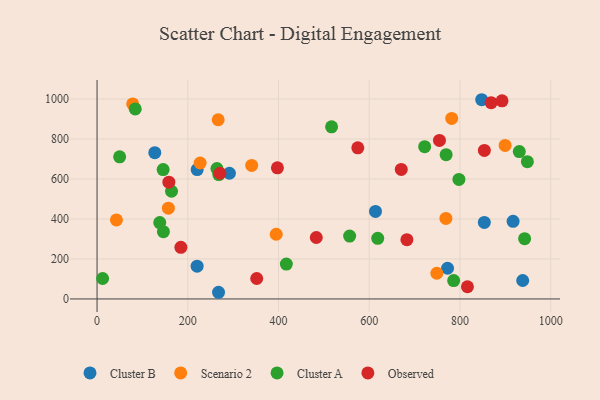
{"axis": {"x": "Experience", "y": "Demand"}, "legend": ["Cluster A", "Cluster B", "Observed", "Scenario 2"], "data": [{"x": "220.7", "y": 646.8, "type": "Cluster B"}, {"x": "938.3", "y": 92.4, "type": "Cluster B"}, {"x": "917.1", "y": 388.0, "type": "Cluster B"}, {"x": "613.8", "y": 437.7, "type": "Cluster B"}, {"x": "267.8", "y": 33.4, "type": "Cluster B"}, {"x": "220.6", "y": 163.7, "type": "Cluster B"}, {"x": "772.6", "y": 153.6, "type": "Cluster B"}, {"x": "291.8", "y": 628.5, "type": "Cluster B"}, {"x": "127.3", "y": 731.6, "type": "Cluster B"}, {"x": "853.7", "y": 382.7, "type": "Cluster B"}, {"x": "847.9", "y": 996.3, "type": "Cluster B"}, {"x": "394.9", "y": 323.5, "type": "Scenario 2"}, {"x": "267.0", "y": 896.1, "type": "Scenario 2"}, {"x": "157.2", "y": 453.9, "type": "Scenario 2"}, {"x": "781.8", "y": 903.0, "type": "Scenario 2"}, {"x": "899.5", "y": 768.0, "type": "Scenario 2"}, {"x": "42.7", "y": 395.3, "type": "Scenario 2"}, {"x": "227.2", "y": 680.0, "type": "Scenario 2"}, {"x": "340.9", "y": 667.9, "type": "Scenario 2"}, {"x": "78.6", "y": 975.4, "type": "Scenario 2"}, {"x": "749.0", "y": 128.5, "type": "Scenario 2"}, {"x": "769.0", "y": 402.7, "type": "Scenario 2"}, {"x": "12.3", "y": 102.3, "type": "Cluster A"}, {"x": "145.7", "y": 647.2, "type": "Cluster A"}, {"x": "556.8", "y": 314.2, "type": "Cluster A"}, {"x": "264.3", "y": 652.0, "type": "Cluster A"}, {"x": "84.2", "y": 950.5, "type": "Cluster A"}, {"x": "417.3", "y": 174.4, "type": "Cluster A"}, {"x": "930.8", "y": 736.9, "type": "Cluster A"}, {"x": "618.7", "y": 303.2, "type": "Cluster A"}, {"x": "948.6", "y": 686.3, "type": "Cluster A"}, {"x": "146.3", "y": 336.2, "type": "Cluster A"}, {"x": "268.4", "y": 621.9, "type": "Cluster A"}, {"x": "769.5", "y": 721.3, "type": "Cluster A"}, {"x": "797.7", "y": 597.9, "type": "Cluster A"}, {"x": "138.2", "y": 382.2, "type": "Cluster A"}, {"x": "164.2", "y": 538.5, "type": "Cluster A"}, {"x": "786.1", "y": 91.7, "type": "Cluster A"}, {"x": "49.8", "y": 710.8, "type": "Cluster A"}, {"x": "722.2", "y": 761.7, "type": "Cluster A"}, {"x": "942.5", "y": 301.4, "type": "Cluster A"}, {"x": "517.0", "y": 860.9, "type": "Cluster A"}, {"x": "853.8", "y": 743.0, "type": "Observed"}, {"x": "158.3", "y": 583.8, "type": "Observed"}, {"x": "754.8", "y": 792.6, "type": "Observed"}, {"x": "670.6", "y": 647.7, "type": "Observed"}, {"x": "352.0", "y": 102.3, "type": "Observed"}, {"x": "868.7", "y": 981.5, "type": "Observed"}, {"x": "816.5", "y": 61.1, "type": "Observed"}, {"x": "397.6", "y": 655.7, "type": "Observed"}, {"x": "892.7", "y": 991.0, "type": "Observed"}, {"x": "184.8", "y": 258.2, "type": "Observed"}, {"x": "483.3", "y": 307.2, "type": "Observed"}, {"x": "574.8", "y": 755.8, "type": "Observed"}, {"x": "270.8", "y": 628.5, "type": "Observed"}, {"x": "683.0", "y": 296.3, "type": "Observed"}]}